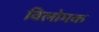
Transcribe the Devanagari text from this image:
विलोमक